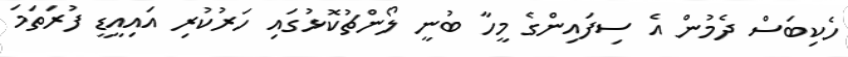
ހެކިބަސް ދެމުން އެ ސިފައިންގެ މީހާ ބުނީ ލޯންޗުކޮޅުގައި ހަރުކުރި އައިއީޑީ ފުރަތަމަ